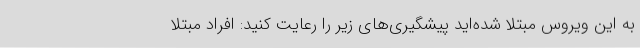
به این ویروس مبتلا شده‌اید پیشگیری‌های زیر را رعایت کنید: افراد مبتلا